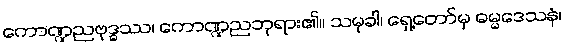
ကောဏ္ဍညဗုဒ္ဓဿ၊ ကောဏ္ဍညဘုရား၏။ သမုခါ၊ ရှေ့တော်မှ ဓမ္မဒေသနံ၊